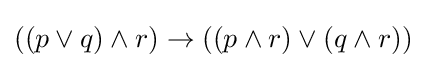
((p\vee q)\wedge r)\rightarrow ((p\wedge r)\vee (q\wedge r))